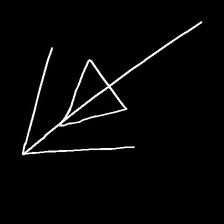
Glyph: pull